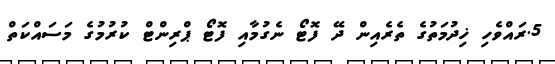
5.ރައްވެހި ޚިދުމަތުގެ ތެރެއިން ދޭ ފޮޓޯ ނެގުމާއި ފޮޓޯ ޕްރިންޓް ކުރުމުގެ މަސައްކަތް